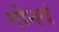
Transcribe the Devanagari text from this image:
गोनदं